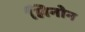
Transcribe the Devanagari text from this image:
लिनोन